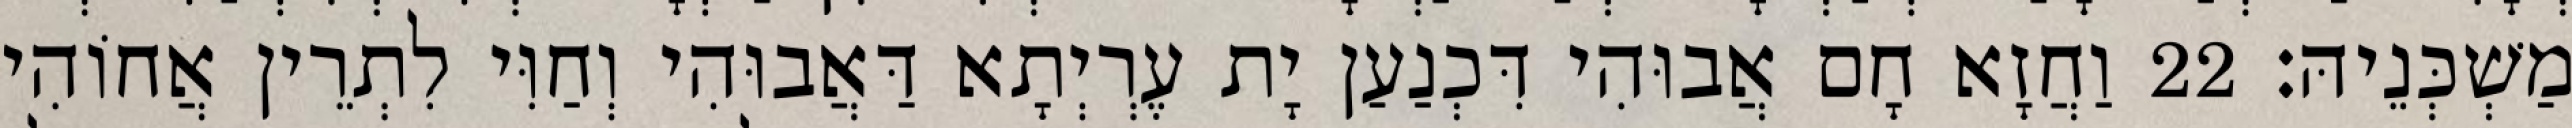
מַשְׁכְּנֵיהּ׃ 22 וַחֲזָא חָם אֲבוּהִי דִּכְנַעַן יָת עֶרְיְתָא דַּאֲבוּהִי וְחַוִּי לִתְרֵין אֲחוֹהִי